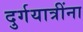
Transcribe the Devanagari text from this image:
दुर्गयात्रींना